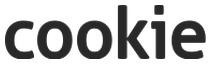
cookie